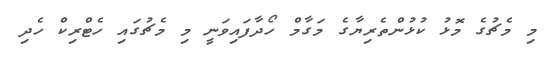
މި މެޗުގެ މޮޅު ކުޅުންތެރިޔާގެ މަގާމް ހޯދާފައިވަނީ މި މެޗުގައި ހެޓްރިކް ހެދި